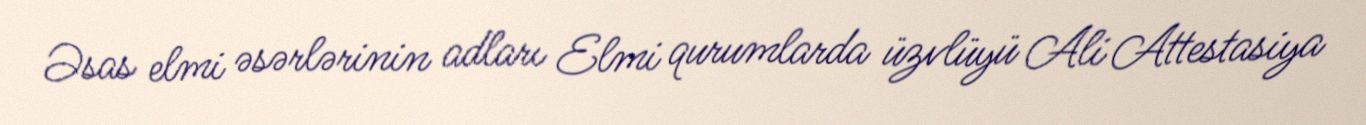
Əsas elmi əsərlərinin adları Elmi qurumlarda üzvlüyü Ali Attestasiya